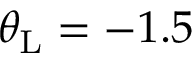
\theta _ { \mathrm { L } } = - 1 . 5